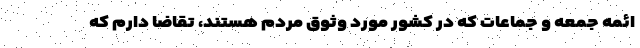
ائمه جمعه و جماعات که در کشور مورد وثوق مردم هستند، تقاضا دارم که